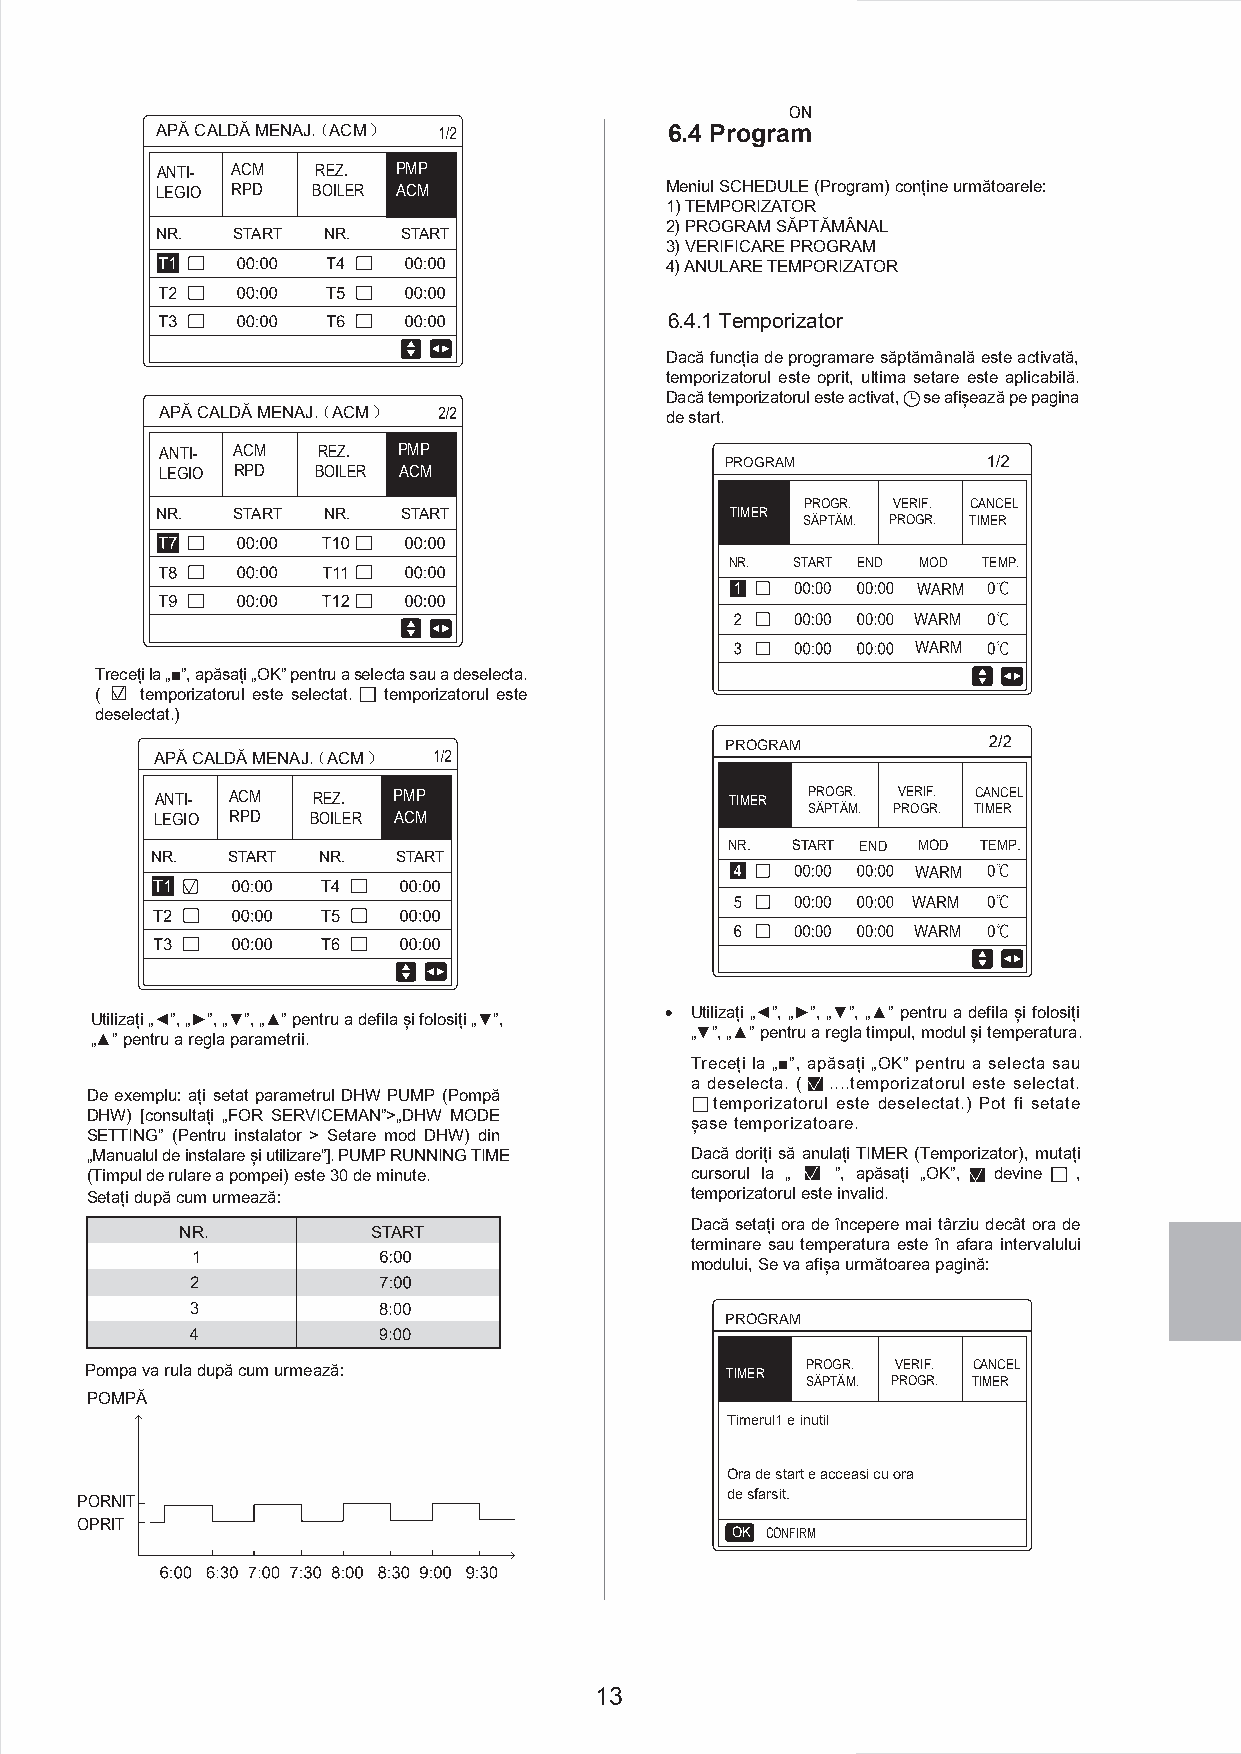
STARE ACTUALA    ON
 APĂ CALDĂ MENAJ.（ACM）             6.4 Program
 ANTI- ACM  REZ. PMP
 LEGIO RPD  BOILER ACM             Meniul SCHEDULE (Program) conține următoarele:
 1) TEMPORIZATOR
 2) PROGRAM SĂPTĂMÂNAL
 NR.  START NR.   START
 3) VERIFICARE PROGRAM
 4) ANULARE TEMPORIZATOR
 6.4.1 Temporizator
 Dacă funcția de programare săptămânală este activată,
 temporizatorul este oprit, ultima setare este aplicabilă.
 Dacă temporizatorul este activat, se afișează pe pagina
 APĂ CALDĂ MENAJ.（ACM）            de start.
 ANTI- ACM REZ. PMP
 PROGRAM
 LEGIO RPD BOILER ACM
 PROGR. VERIF. CANCEL
 NR.  START NR.   START                TIMER
 SĂPTĂM. PROGR. TIMER
 NR.  START END MOD TEMP.
 WARM
 WARM
 WARM
 Treceți la „■”, apăsați „OK” pentru a selecta sau a deselecta.
 (  temporizatorul este selectat. temporizatorul este
 deselectat.)
 PROGRAM
 APĂ CALDĂ MENAJ.（ACM）
 ANTI- ACM  REZ. PMP                   TIMER PROGR. VERIF. CANCEL
 SĂPTĂM. PROGR. TIMER
 LEGIO RPD  BOILER ACM
 NR. START END MOD TEMP.
 NR.  START NR.  START
 WARM
 WARM
 WARM
 Utilizați „◄”, „►”, „▼”, „▲” pentru a defila și folosiți
 Utilizați „◄”, „►”, „▼”, „▲” pentru a defila și folosiți „▼”,
 „▼”, „▲” pentru a regla timpul, modul și temperatura.
 „▲” pentru a regla parametrii.
 Treceți la „■”, apăsați „OK” pentru a selecta sau
 a deselecta. ( ....temporizatorul este selectat.
 De exemplu: ați setat parametrul DHW PUMP (Pompă
 temporizatorul este deselectat.) Pot fi setate
 DHW) [consultați „FOR SERVICEMAN”>„DHW MODE
 șase temporizatoare.
 SETTING” (Pentru instalator > Setare mod DHW) din
 „Manualul de instalare și utilizare”]. PUMP RUNNING TIME Dacă doriți să anulați TIMER (Temporizator), mutați
 (Timpul de rulare a pompei) este 30 de minute. cursorul la „ ”, apăsați „OK”, devine ,
 Setați după cum urmează:                temporizatorul este invalid.
 Dacă setați ora de începere mai târziu decât ora de
 NR.          START
 terminare sau temperatura este în afara intervalului
 modului, Se va afișa următoarea pagină:
 PROGRAM
 Pompa va rula după cum urmează:           TIMER PROGR. VERIF. CANCEL
 SĂPTĂM. PROGR. TIMER
 POMPĂ
 Timerul1 e inutil
 Ora de start e acceasi cu ora
 de sfarsit.
 PORNIT
 OPRIT
 OK CONFIRM